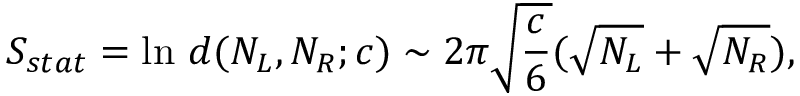
S _ { s t a t } = \ln \, d ( N _ { L } , N _ { R } ; c ) \sim 2 \pi \sqrt { \frac { c } { 6 } } ( \sqrt { N _ { L } } + \sqrt { N _ { R } } ) ,